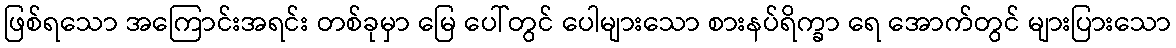
ဖြစ်ရသော အကြောင်းအရင်း တစ်ခုမှာ မြေ ပေါ်တွင် ပေါများသော စားနပ်ရိက္ခာ ရေ အောက်တွင် များပြားသော